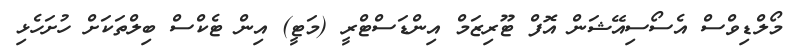
މޯލްޑިވްސް އެސޯސިއޭޝަން އޮފް ޓޫރިޒަމް އިންޑަސްޓްރީ (މަޓީ) އިން ޓެކްސް ބިލްތަކަށް ހުށަހެޅި